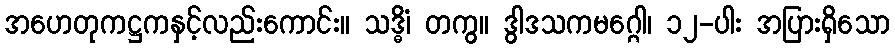
အဟေတုကဋ္ဌကနှင့်လည်းကောင်း။ သဒ္ဓိံ၊ တကွ။ ဒွါဒသကမဂ္ဂေါ၊ ၁၂-ပါး အပြားရှိသော